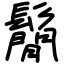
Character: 鬜